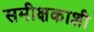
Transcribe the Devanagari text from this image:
समीक्षकाशी